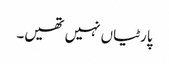
پارٹیاں نہیں تھیں۔